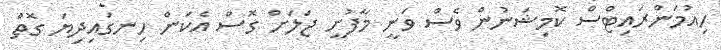
ހިއުމަންރައިޓްސް ކޮމިޝަނުން ވެސް ވަނީ މާފުށީ ޖަލަށް ގޮސް އެކަން ހިނގައިދިޔަ ގޮތް